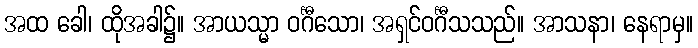
အထ ခေါ၊ ထိုအခါ၌။ အာယသ္မာ ဝင်္ဂီသော၊ အရှင်ဝင်္ဂီသသည်။ အာသနာ၊ နေရာမှ။